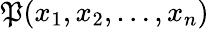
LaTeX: \operatorname{\mathfrak{P}}(x_{1},x_{2},\ldots,x_{n})